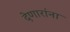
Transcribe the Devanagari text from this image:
देणारांना